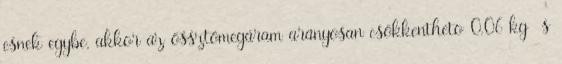
esnek egybe, akkor az össztömegáram arányosan csökkenthetõ 0,06 kg s